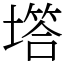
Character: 㙮